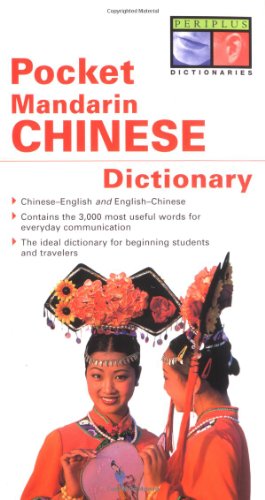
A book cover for Pocket Mandarin Chinese Dictionary; Philip Yungkin Lee; Travel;